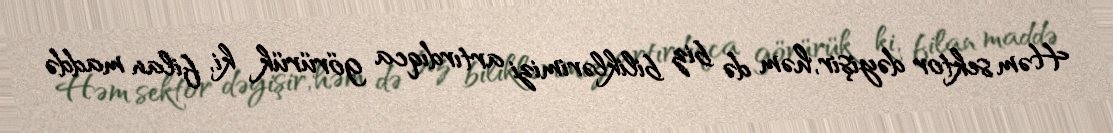
Həm sektor dəyişir, həm də biz biliklərimizi artırdıqca görürük ki, filan maddə